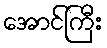
အောင်ကြီး